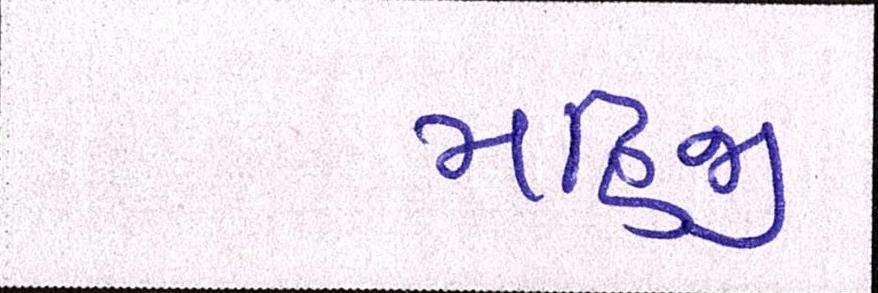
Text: મહિજી